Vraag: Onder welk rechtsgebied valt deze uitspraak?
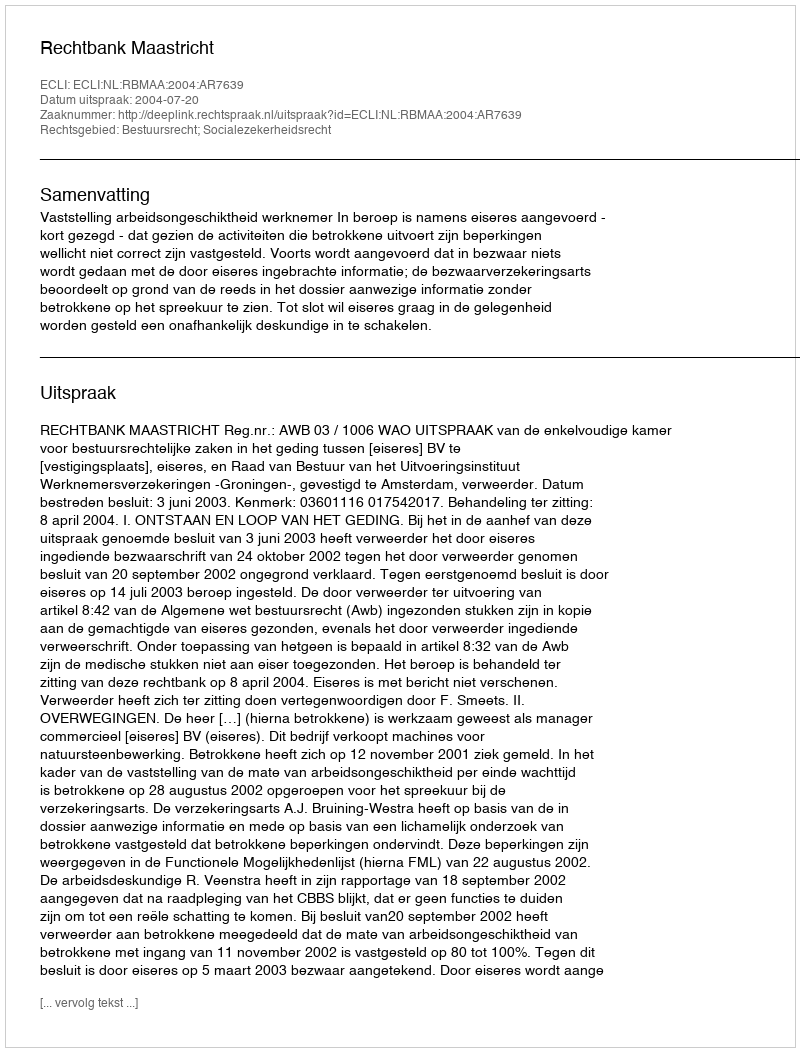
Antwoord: Bestuursrecht; Socialezekerheidsrecht